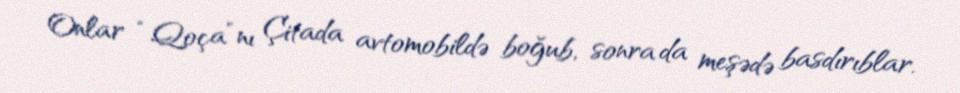
Onlar “Qoça”nı Çitada avtomobildə boğub, sonra da meşədə basdırıblar.